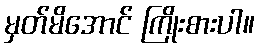
မှတ်မိအောင် ကြိုးစားပါ။